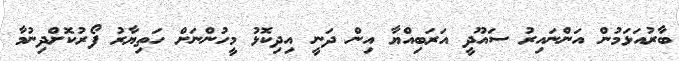
ބާރުއަޅަމުން އަންނައިރު ސައޫދީ އަރަބިއްޔާ އިން ދަނީ އިދިކޮޅު މީހުންނަށް ހަތިޔާރު ފޯރުކޮށްދިނުމާ